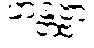
ဟန္တဗ္ဗာ